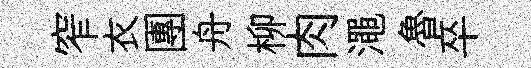
窄衣團舟柳肉澠魯卒